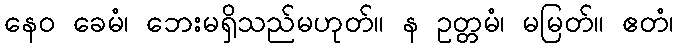
နေဝ ခေမံ၊ ဘေးမရှိသည်မဟုတ်။ န ဥတ္တမံ၊ မမြတ်။ ဧတံ၊